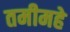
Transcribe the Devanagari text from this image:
तमीमहे